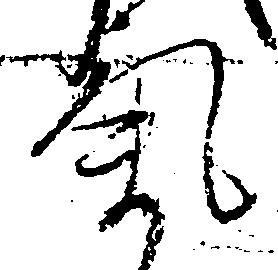
気